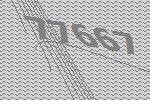
77667